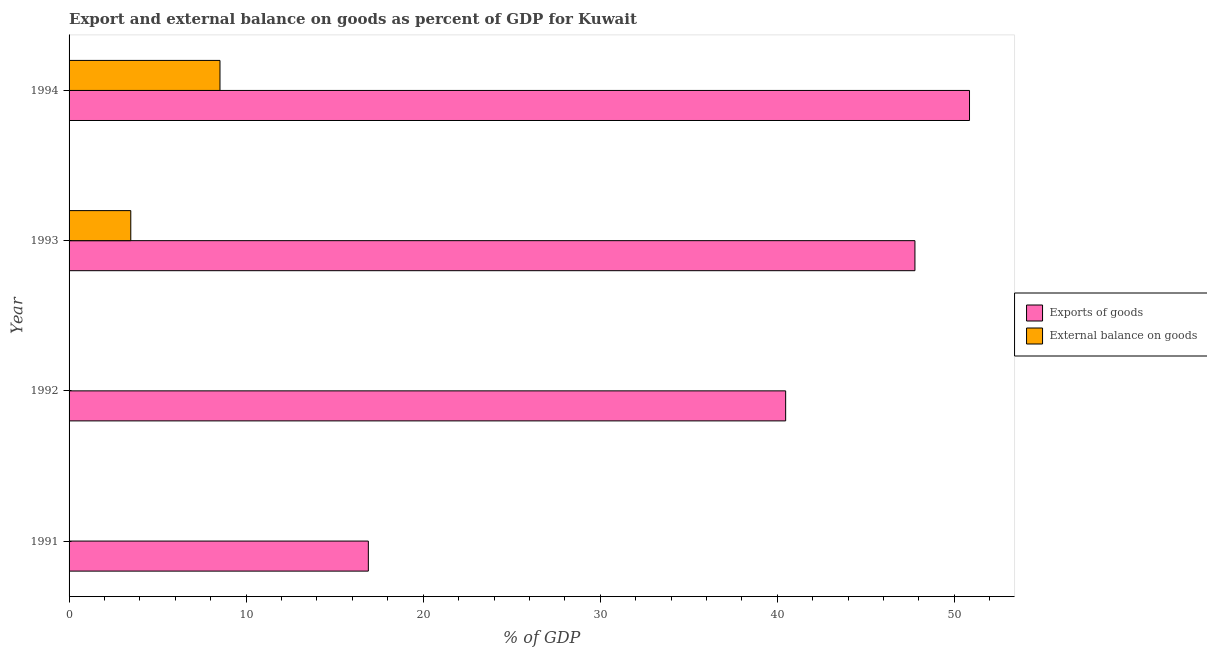
| Year | Exports of goods | External balance on goods |
 | --- | --- | --- |
 | 1991 | 16.9 | -109 |
 | 1992 | 40.5 | -13.7 |
 | 1993 | 47.8 | 3.49 |
 | 1994 | 50.9 | 8.52 |